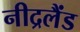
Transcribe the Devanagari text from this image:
नीद्रलैंड